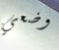
وضعي